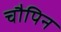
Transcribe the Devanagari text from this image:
चौपिन